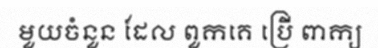
មួយចំនួន ដែល ពួកគេ ប្រើ ពាក្យ